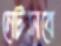
নেটসবে